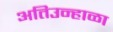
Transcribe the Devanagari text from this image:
अतिउन्हाळा